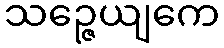
သဉ္ဇေယျကေ